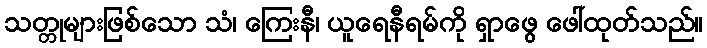
သတ္တုများဖြစ်သော သံ၊ ကြေးနီ၊ ယူရေနီရမ်ကို ရှာဖွေ ဖေါ်ထုတ်သည်။